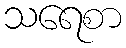
သရေစာ